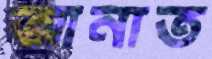
আনাত